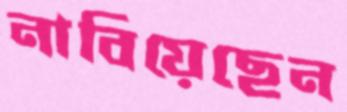
নাবিয়েছেন